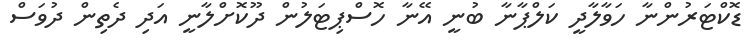
ޑޮކްޓަރުންނާ ހަވާލާދީ ކަލްޕާނާ ބުނީ އޭނާ ހޮސްޕިޓަލުން ދޫކޮށްލާނީ އަދި ދެތިން ދުވަސް